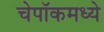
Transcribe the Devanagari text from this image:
चेपॉकमध्ये